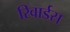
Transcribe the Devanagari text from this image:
रिवार्डस